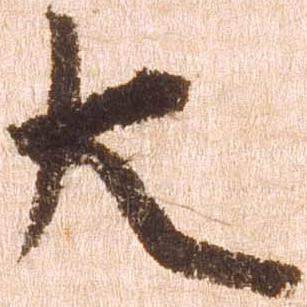
大